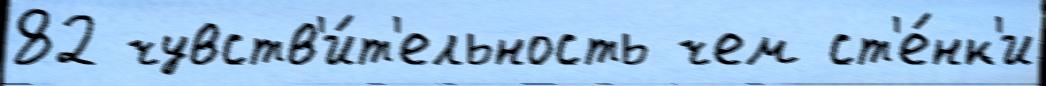
82 чувств'и́т'ельность чем ст'е́нк'и